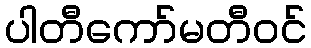
ပါတီကော်မတီဝင်